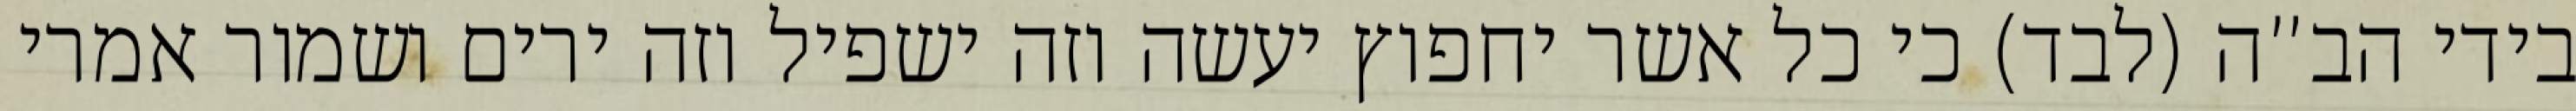
בידי הב”ה (לבד) כי כל אשר יחפוץ יעשה וזה ישפיל וזה ירים ושמור אמרי